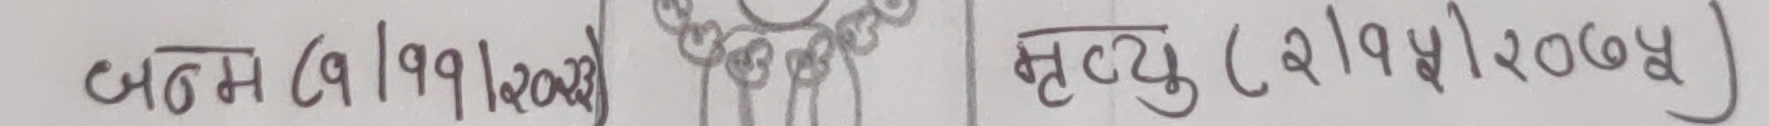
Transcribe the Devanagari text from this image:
जन्म (९ | १ | २०२३) | मृत्यु (२ | ९ | ५ | २०७४)